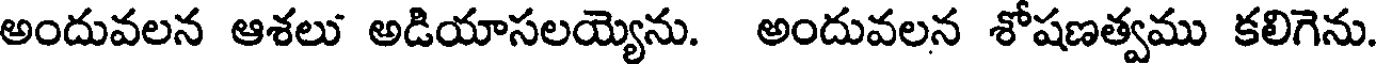
అందువలన ఆశలు అడియాసలయ్యెను. అందువలన శోషణత్వము కలిగెను.